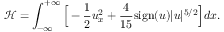
\mathcal { H } = \int _ { - \infty } ^ { + \infty } \Big [ - \frac { 1 } { 2 } u _ { x } ^ { 2 } + \frac { 4 } { 1 5 } \mathrm { s i g n } ( u ) | u | ^ { 5 / 2 } \Big ] d x .